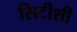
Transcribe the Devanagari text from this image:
सिटीशी